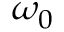
\omega _ { 0 }